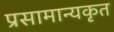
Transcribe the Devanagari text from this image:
प्रसामान्यकृत